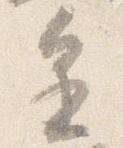
進